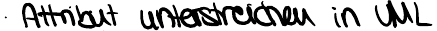
Attribut unterstreichen in UML